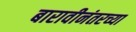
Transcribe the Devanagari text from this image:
बारावीनंतरच्या